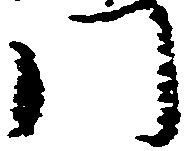
門